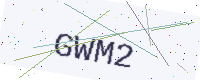
Text: GWM2